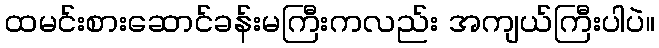
ထမင်းစားဆောင်ခန်းမကြီးကလည်း အကျယ်ကြီးပါပဲ။